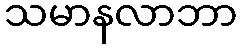
သမာနလာဘာ